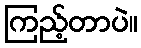
ကြည့်တာပဲ။